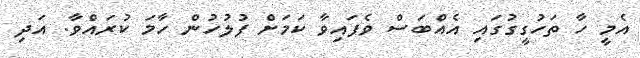
އެމީ ހާ ތަހުގީގުގައި އެއްބަސް ވެފައިވާ ކަމަށް ފުލުހުން ހާމަ ކުރައްވާ. އަދި